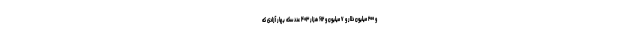
و ۲۰۰ میلیون دلار و ۷ میلیون و ۶۱۲ هزار ۴۰۳ عدد سکه بهار آزادی که